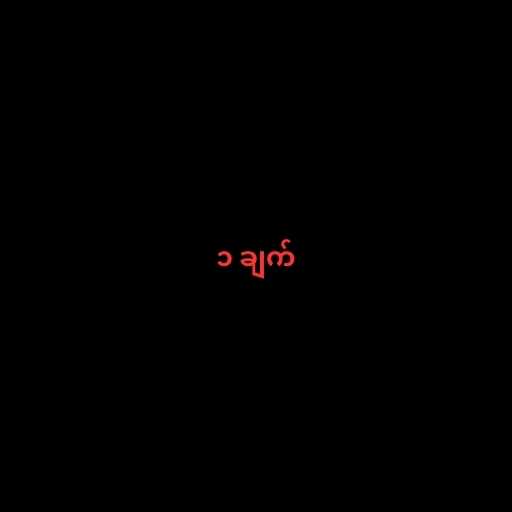
၁ ချက်